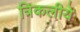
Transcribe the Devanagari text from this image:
त्रिकलीये